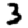
Digit: 3